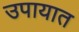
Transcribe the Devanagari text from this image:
उपायात